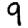
Digit: 9